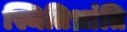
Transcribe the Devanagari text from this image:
स्थितिभ्रांति